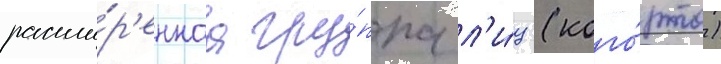
расши́р'еннаа гру́ппа л'и́ц (кого́рта)